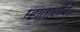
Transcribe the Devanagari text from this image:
म्हातारीचे